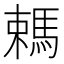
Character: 𣜋